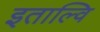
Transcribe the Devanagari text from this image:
इताल्वि